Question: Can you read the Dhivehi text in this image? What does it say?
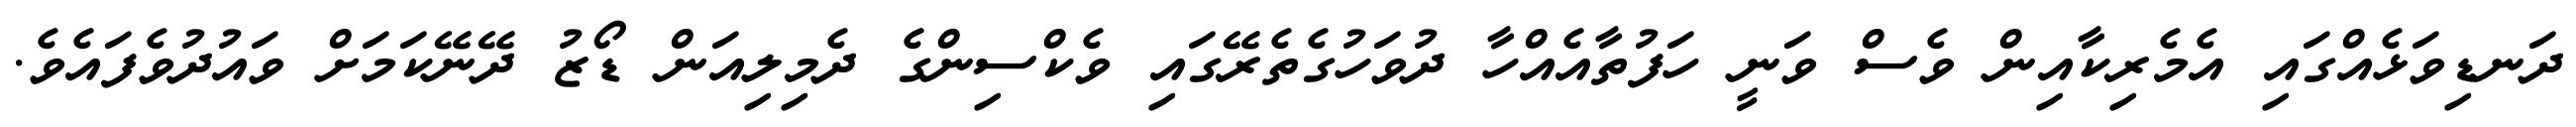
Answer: ދަނޑިވަޅެއްގައި އެމެރިކާއިން ވެސް ވަނީ ހަފުތާއެއްހާ ދުވަހުގެތެރޭގައި ވެކްސިންގެ ދެމިލިއަން ޑޯޒު ދޭނޭކަމަށް ވައުދުވެފައެވެ.